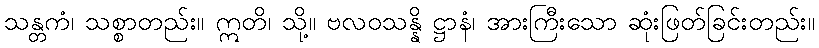
သန္တကံ၊ သစ္စာတည်း။ ဣတိ၊ သို့။ ဗလဝသန္နိ ဋ္ဌာနံ၊ အားကြီးသော ဆုံးဖြတ်ခြင်းတည်း။